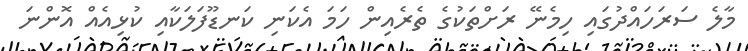
މާލެ ސަރަހައްދުގައި ހިމެނޭ ރަށްތަކުގެ ތެރެއިން ހަމަ އެކަނި ކަނޑޫފަލަކާއި ކުޅިއެއް އޮންނަ